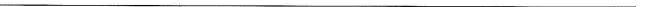
___